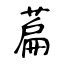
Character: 萹